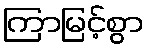
ကြာမြင့်စွာ